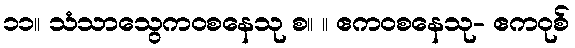
၁၁။ သံသာသွေကဝစနေသု စ။ ။ ဧကဝစနေသု- ဧကဝုစ်